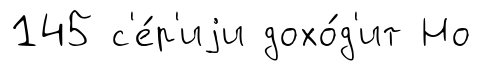
145 с'е́р'иjи дохо́д'ит Но